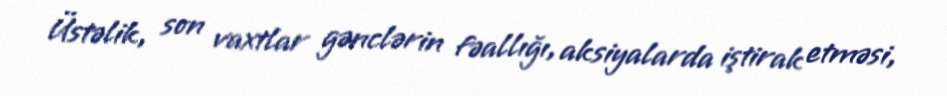
Üstəlik, son vaxtlar gənclərin fəallığı, aksiyalarda iştirak etməsi,